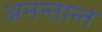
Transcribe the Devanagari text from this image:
अनन्तान्त